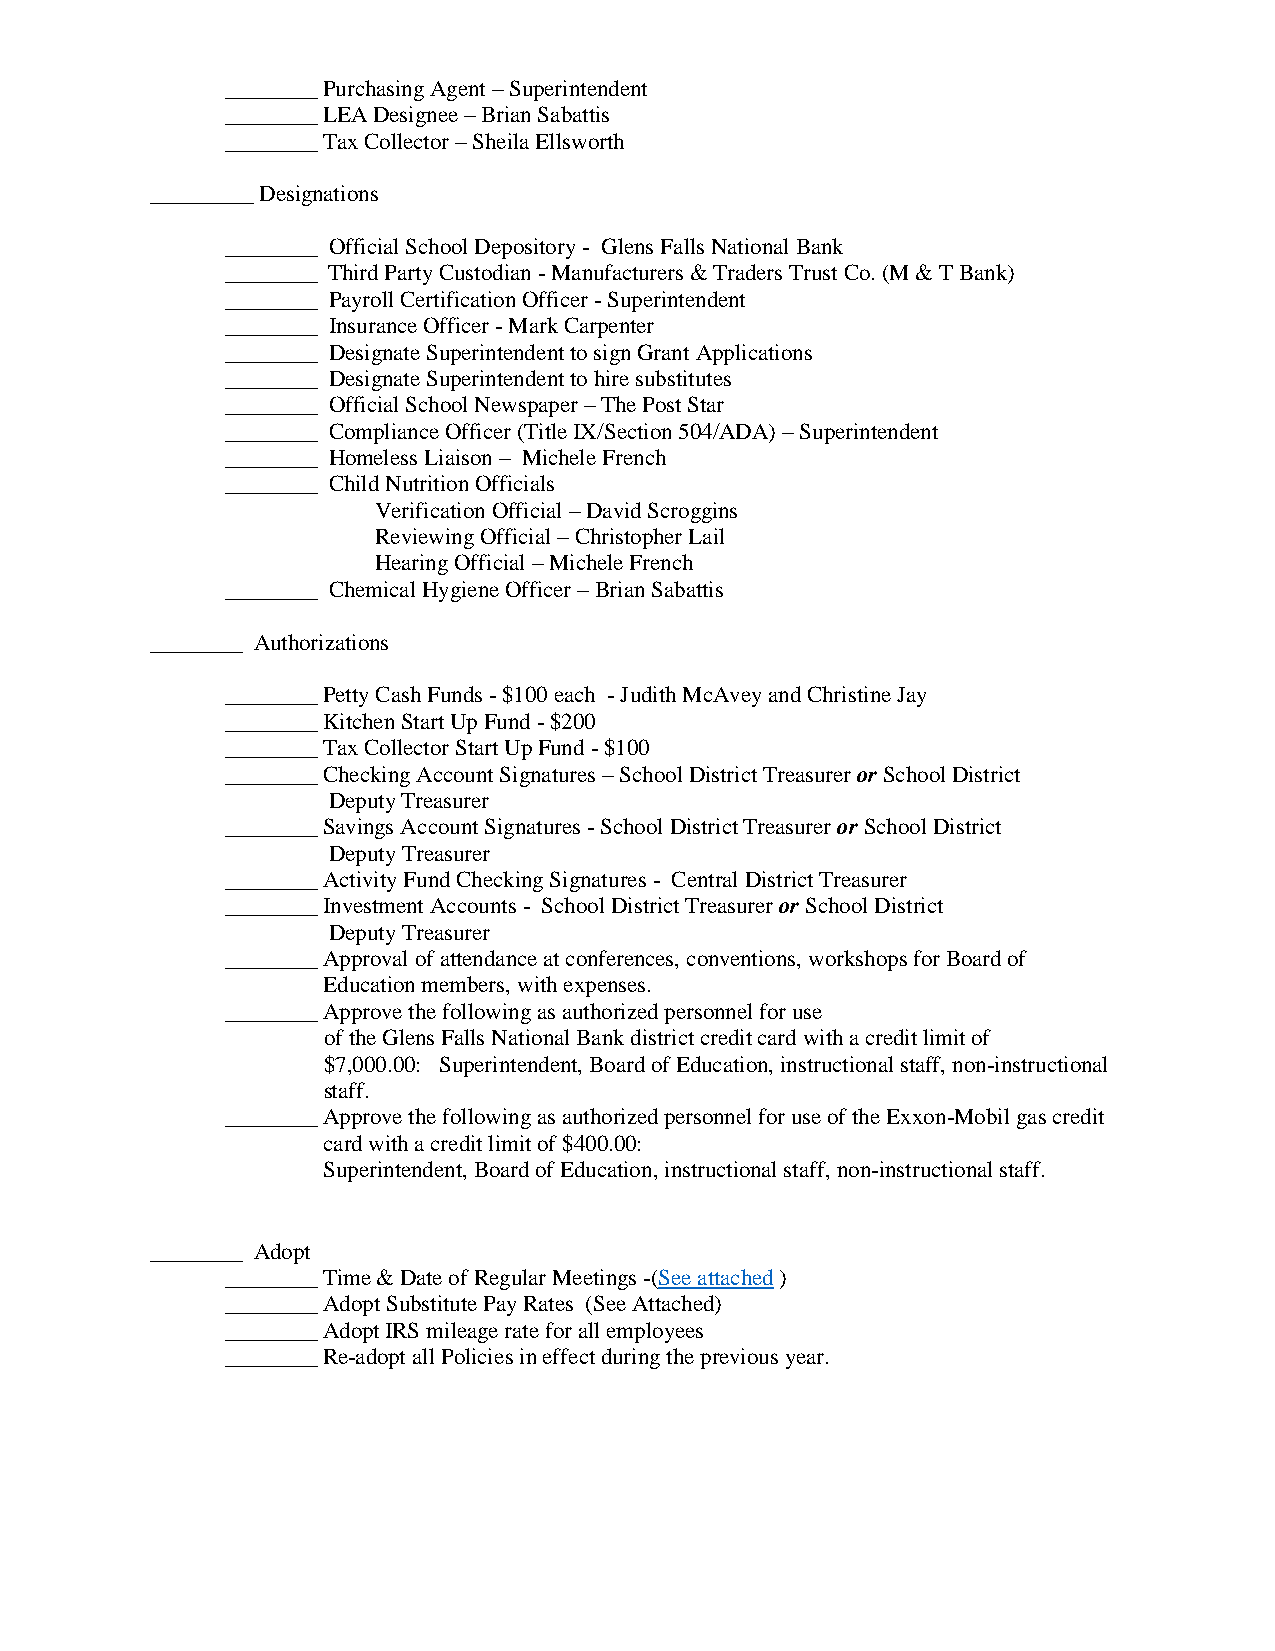
________ Purchasing Agent – Superintendent
 ________ LEA Designee – Brian Sabattis
 ________ Tax Collector – Sheila Ellsworth
 _________ Designations
 ________ Official School Depository - Glens Falls National Bank
 ________ Third Party Custodian - Manufacturers & Traders Trust Co. (M & T Bank)
 ________ Payroll Certification Officer - Superintendent
 ________ Insurance Officer - Mark Carpenter
 ________ Designate Superintendent to sign Grant Applications
 ________ Designate Superintendent to hire substitutes
 ________ Official School Newspaper – The Post Star
 ________ Compliance Officer (Title IX/Section 504/ADA) – Superintendent
 ________ Homeless Liaison – Michele French
 ________ Child Nutrition Officials
 Verification Official – David Scroggins
 Reviewing Official – Christopher Lail
 Hearing Official – Michele French
 ________ Chemical Hygiene Officer – Brian Sabattis
 ________ Authorizations
 ________ Petty Cash Funds - $100 each - Judith McAvey and Christine Jay
 ________ Kitchen Start Up Fund - $200
 ________ Tax Collector Start Up Fund - $100
 ________ Checking Account Signatures – School District Treasurer or School District
 Deputy Treasurer
 ________ Savings Account Signatures - School District Treasurer or School District
 Deputy Treasurer
 ________ Activity Fund Checking Signatures - Central District Treasurer
 ________ Investment Accounts - School District Treasurer or School District
 Deputy Treasurer
 ________ Approval of attendance at conferences, conventions, workshops for Board of
 Education members, with expenses.
 ________ Approve the following as authorized personnel for use
 of the Glens Falls National Bank district credit card with a credit limit of
 $7,000.00: Superintendent, Board of Education, instructional staff, non-instructional
 staff.
 ________ Approve the following as authorized personnel for use of the Exxon-Mobil gas credit
 card with a credit limit of $400.00:
 Superintendent, Board of Education, instructional staff, non-instructional staff.
 ________ Adopt
 ________ Time & Date of Regular Meetings -(See attached )
 ________ Adopt Substitute Pay Rates (See Attached)
 ________ Adopt IRS mileage rate for all employees
 ________ Re-adopt all Policies in effect during the previous year.